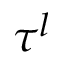
\tau ^ { l }